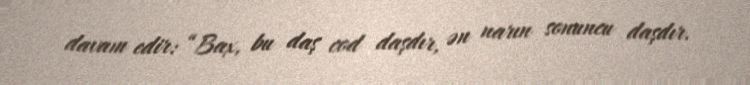
davam edir: “Bax, bu daş cod daşdır, ən narın sonuncu daşdır.